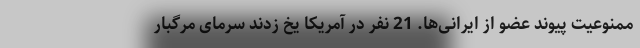
ممنوعیت پیوند عضو از ایرانی‌ها. 21 نفر در آمریکا یخ زدند سرمای مرگبار